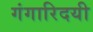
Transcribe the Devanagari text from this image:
गंगारिदयी